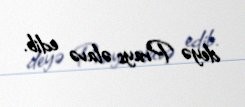
deyə Prays əlavə edib.